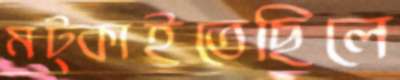
মট্‌কাইতেছিলে